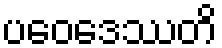
ပဝေဒေဿတိ